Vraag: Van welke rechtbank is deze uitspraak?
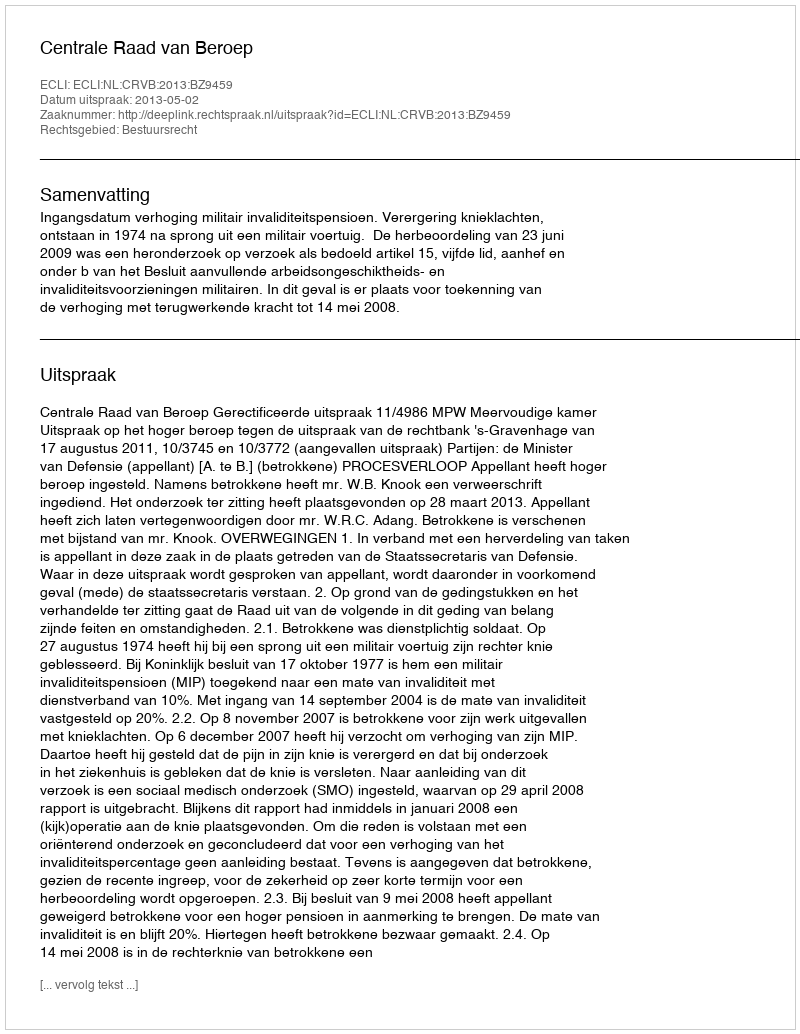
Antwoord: Centrale Raad van Beroep